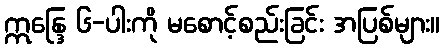
ဣန္ဒြေ ၆-ပါးကို မစောင့်စည်းခြင်း အပြစ်များ။